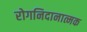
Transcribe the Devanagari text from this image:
रोगनिदानात्मक